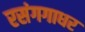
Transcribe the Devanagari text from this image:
रसंगगाधर